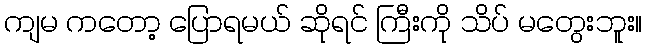
ကျမ ကတော့ ပြောရမယ် ဆိုရင် ကြီးကို သိပ် မတွေးဘူး။